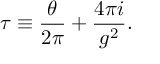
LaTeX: \tau \equiv \frac { \theta } { 2 \pi } + \frac { 4 \pi i } { g ^ { 2 } } .